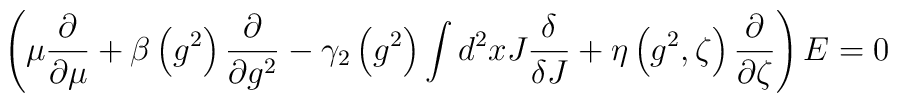
\left(\mu\frac{\partial}{\partial\mu}+\beta\left(g^{2}\right)\frac{\partial}{\partial g^{2}}-\gamma_{2}\left(g^{2}\right)\int    d^{2}xJ\frac{\delta}{\delta J}+\eta\left(g^{2},\zeta\right)\frac{\partial}{\partial\zeta}\right)E = 0